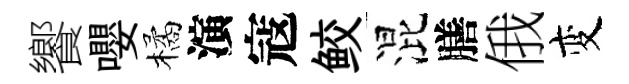
饗嚶橘演寇鲛混膳俄变